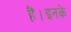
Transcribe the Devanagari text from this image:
हैं।इनके